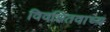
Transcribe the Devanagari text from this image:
विवक्षितवाच्य